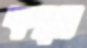
কম্বস